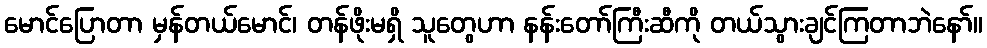
မောင်ပြောတာ မှန်တယ်မောင်၊ တန်ဖိုးမရှိ သူတွေဟာ နန်းတော်ကြီးဆီကို တယ်သွားချင်ကြတာဘဲနော်။